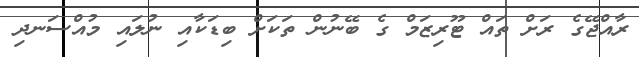
ރާއްޖޭގެ ރަށް ތައް ޓޫރިޒަމް ގެ ބޭނުން ތަކަށް ބިޑަކާއި ނުލައި މުއްސަނދި